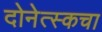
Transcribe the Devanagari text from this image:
दोनेत्स्कचा